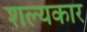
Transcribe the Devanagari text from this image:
शल्यकार